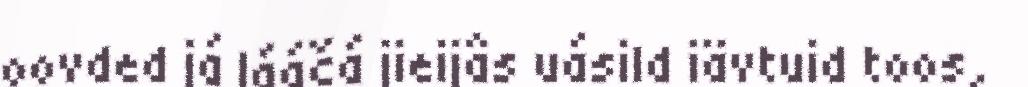
oovded já lááčá jieijâs uásild iävtuid toos,